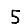
Digit: 5